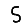
Digit: 5